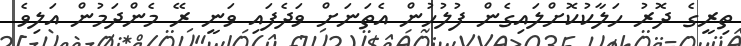
ތިރީގެ ދޮރު ހަލާކުކޮށްލައިގެން ފުލުހުން އެތަނަށް ވަދެފައި ވަނީ ރޭ މެންދަމުން އަލިވެ